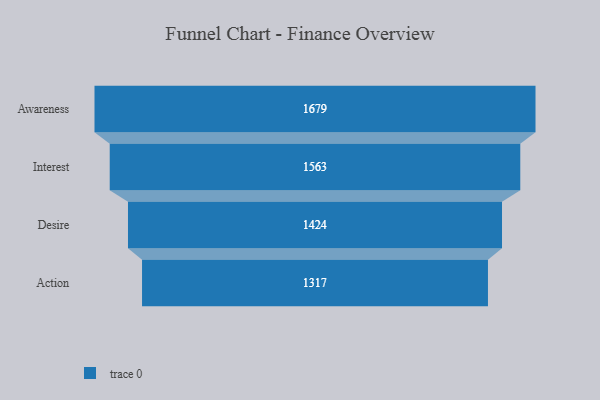
{"axis": {"x": "Stage", "y": "Value"}, "legend": [""], "data": [{"x": "Awareness", "y": 1679.0, "type": ""}, {"x": "Interest", "y": 1563.0, "type": ""}, {"x": "Desire", "y": 1424.0, "type": ""}, {"x": "Action", "y": 1317.0, "type": ""}]}